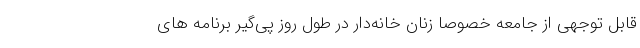
قابل توجهی از جامعه خصوصا زنان خانه‌دار در طول روز پی‌گیر برنامه های